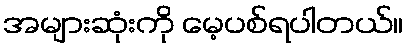
အများဆုံးကို မေ့ပစ်ရပါတယ်။